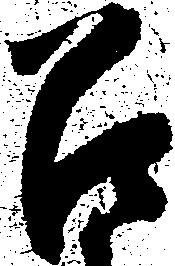
召